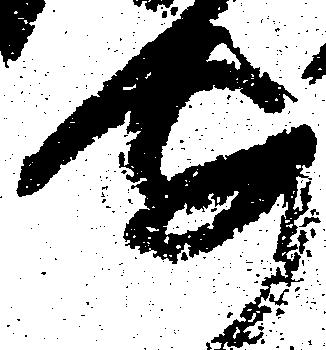
安